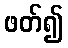
ဖတ်၍